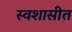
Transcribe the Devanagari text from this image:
स्वशासीत